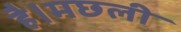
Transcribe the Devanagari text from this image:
है।मछली